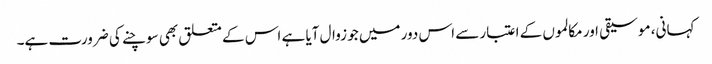
کہانی، موسیقی اور مکالموں کے اعتبار سے اس دور میں جو زوال آیا ہے اس کے متعلق بھی سوچنے کی ضرورت ہے۔